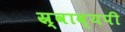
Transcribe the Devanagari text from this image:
स्र्वाव्यपी